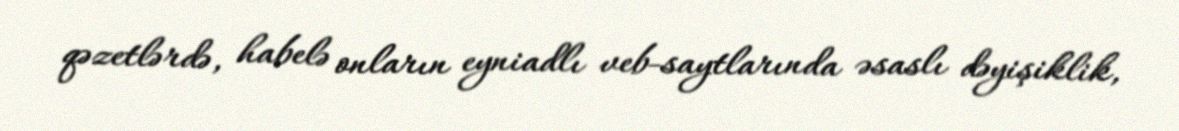
qəzetlərdə, habelə onların eyniadlı veb-saytlarında əsaslı dəyişiklik,